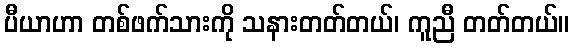
ပီယာဟာ တစ်ဖက်သားကို သနားတတ်တယ်၊ ကူညီ တတ်တယ်။